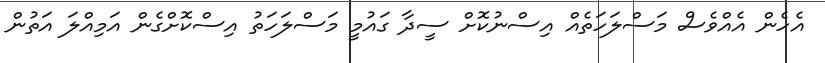
އެހެން އެއްވެސް މަސްލަހަތެއް އިސްނުކޮށް ސީދާ ގައުމީ މަސްލަހަތު އިސްކޮށްގެން އަމިއްލަ އަތުން